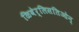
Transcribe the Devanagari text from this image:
ळिबेर्लिसतिओन्